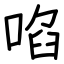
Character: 啗